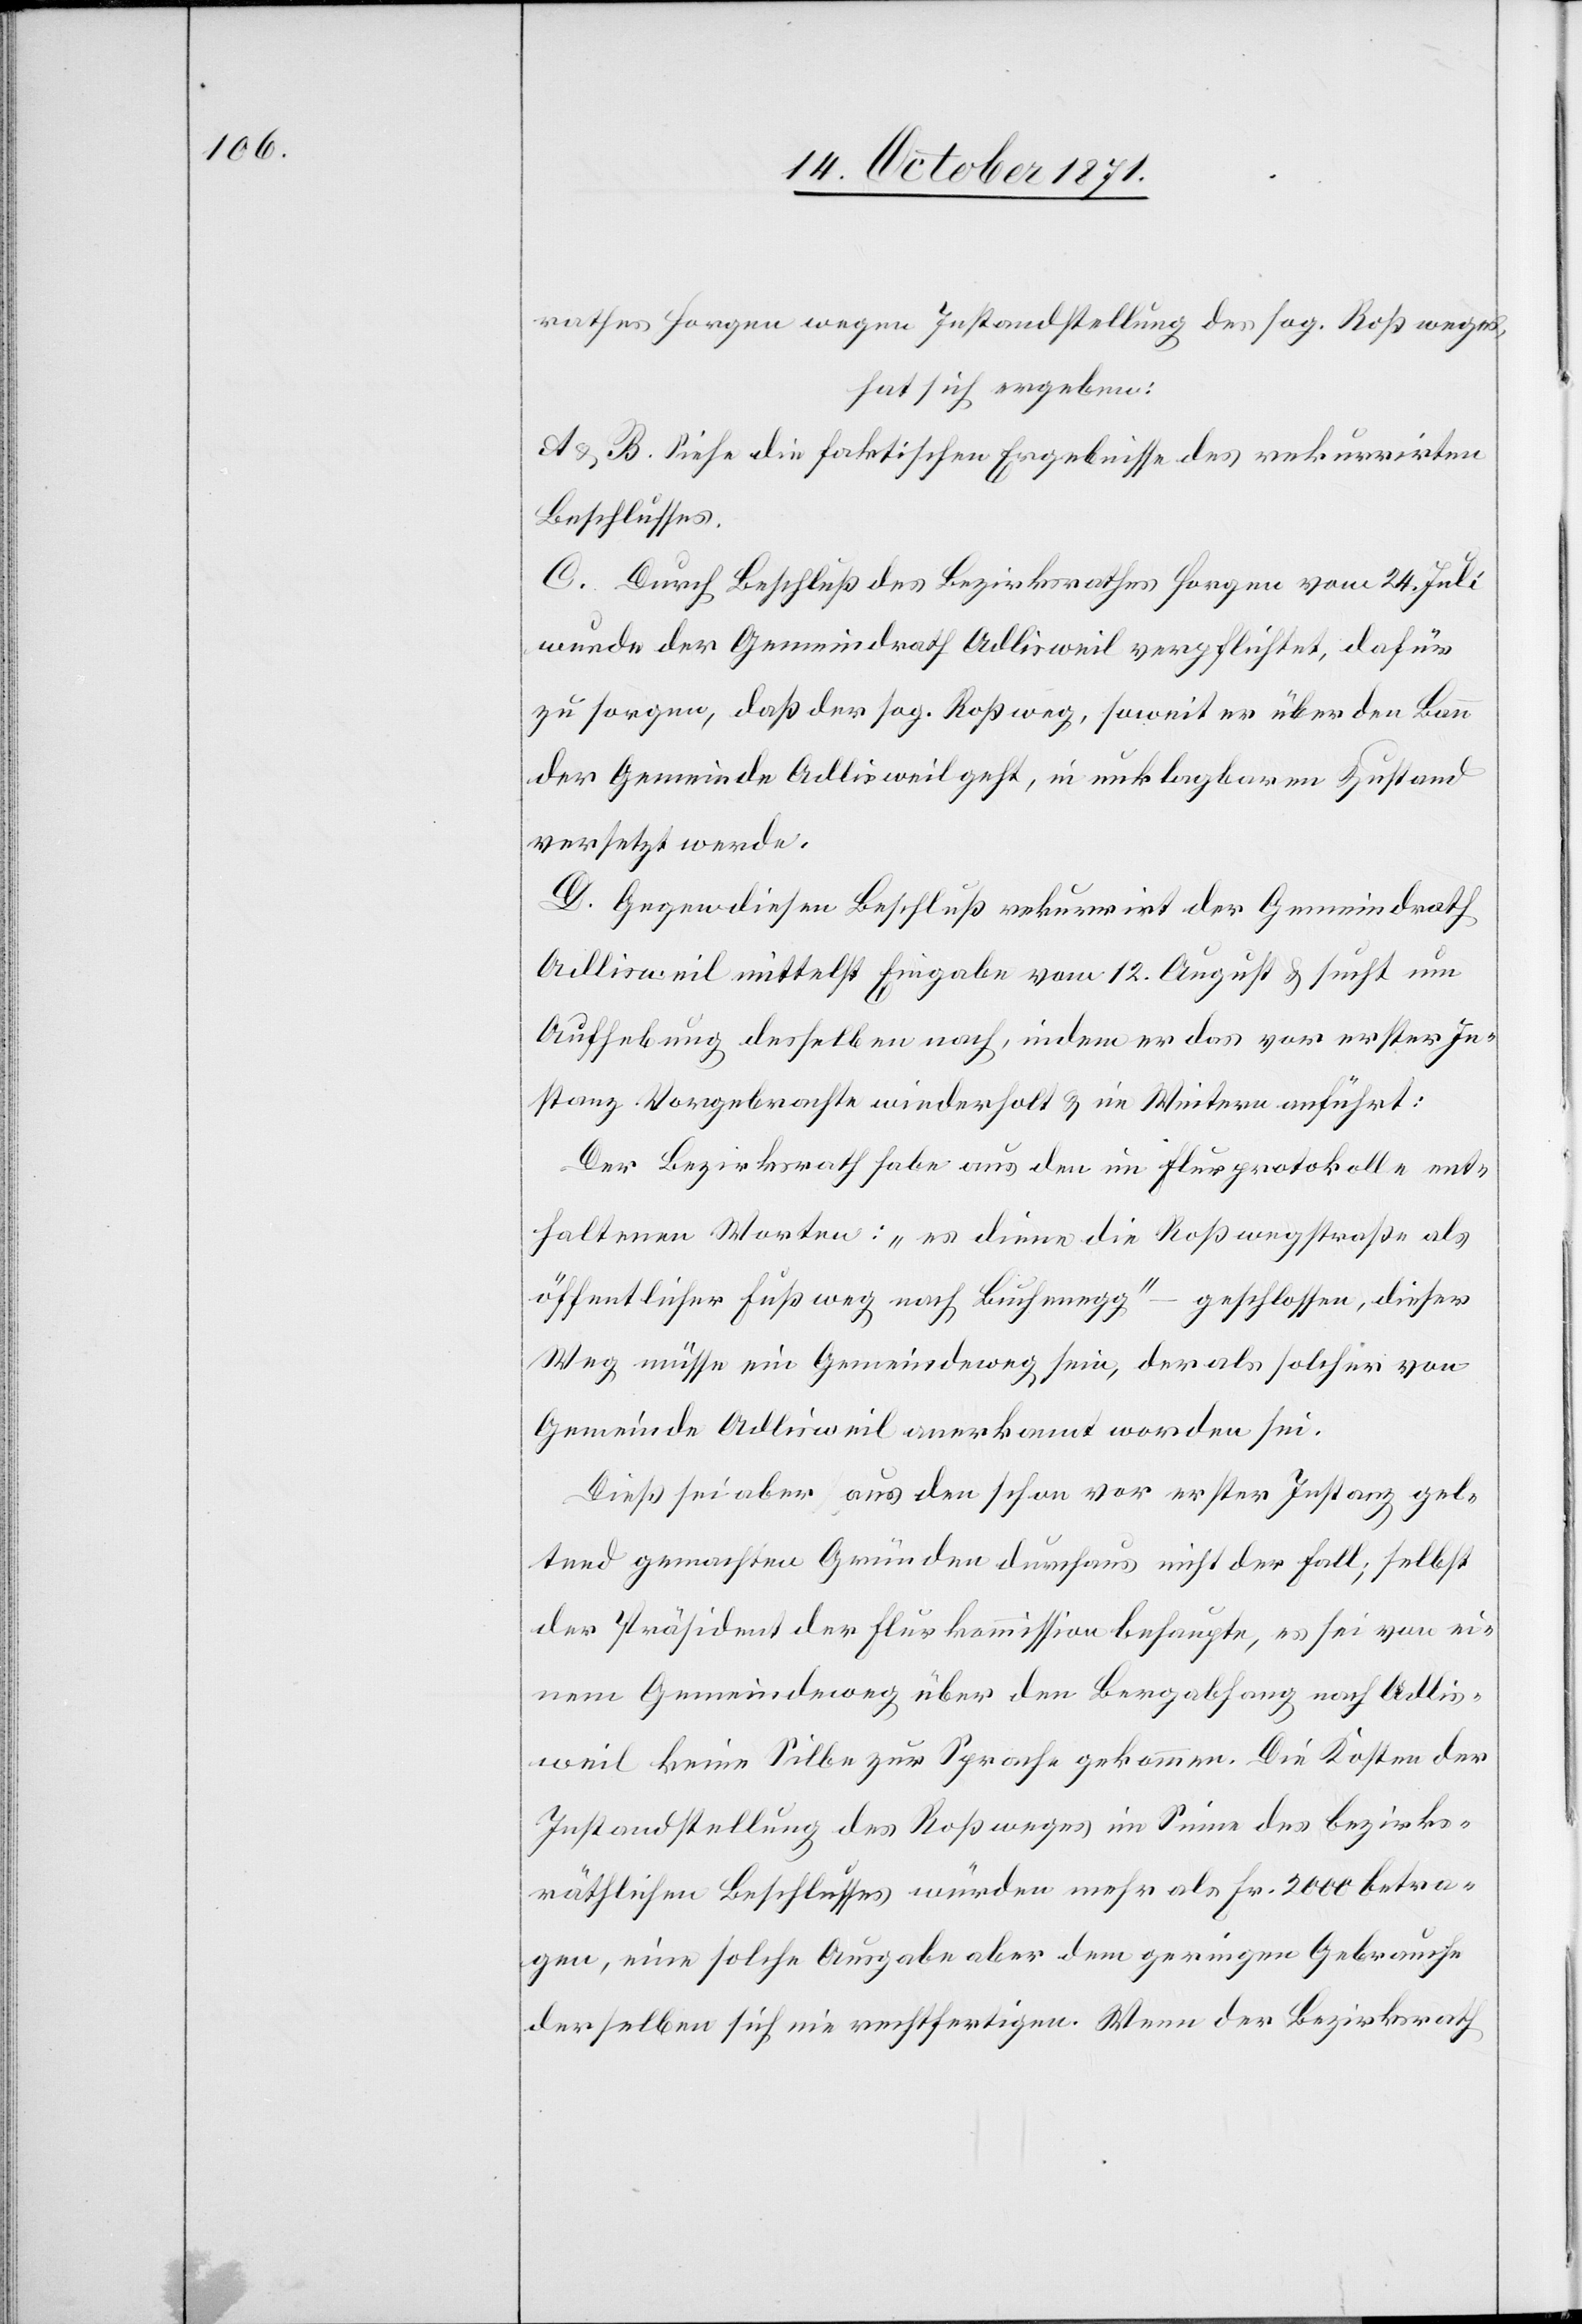
rathes Horgen wegen Instandstellung des sog. Roßweges,
hat sich ergeben:
A & B. Siehe die faktischen Ergebnisse des rekurrirten
Beschlusses.
C. Durch Beschluß des Bezirksrathes Horgen vom 24. Juli
wurde der Gemeindrath Adlisweil verpflichtet, dafür
zu sorgen, daß der sog. Roßweg, soweit er über den Bau
der Gemeinde Adlisweil geht, in unklagbaren Zustand
versetzt werde.
D. Gegen diesen Beschluß rekurrirt der Gemeindrath
Adlisweil mittelst Eingabe vom 12. August & sucht um
Aufhebung desselben nach, indem er das vor erster In¬
stanz Vorgebrachte wiederholt & im Weitern anführt:
Der Bezirksrath habe aus den im Flurprotokolle ent¬
haltenen Worten: „es diene die Roßwegstraße als
öffentlicher Fußweg nach Buchenegg“ – geschlossen, dieser
Weg müsse ein Gemeindeweg sein, der als solcher von
Gemeinde Adlisweil anerkannt worden sei.
Dieß sei aber aus den schon vor erster Instanz gel¬
tend gemachten Gründen durchaus nicht der Fall; selbst
der Präsident der Flurkommission behaupte, es sei von ei¬
nem Gemeindeweg über den Bergabhang nach Adlis¬
weil keine Silbe zur Sprache gekommen. Die Kosten der
Instandstellung des Roßweges im Sinne des bezirks¬
räthlichen Beschlusses würden mehr als Fr. 2000 betra¬
gen, eine solche Ausgabe aber dem geringen Gebrauche